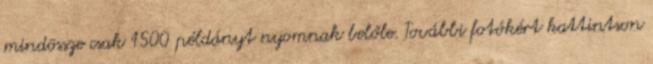
mindössze csak 1500 példányt nyomnak belőle. További fotókért kattintson